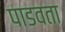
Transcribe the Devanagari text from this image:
पाडवता